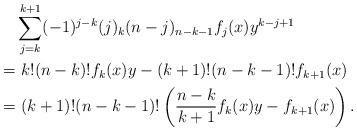
LaTeX: \begin{align*} & \sum_{j=k}^{k+1} (-1)^{j-k} (j)_{k} (n-j)_{n-k-1} f_j(x) y^{k-j+1} \\ = &\ k!(n-k)! f_k(x)y - (k+1)! (n-k-1)! f_{k+1}(x) \\ = &\ (k+1)!(n-k-1)! \left( \frac{n-k}{k+1} f_k(x)y - f_{k+1}(x) \right). \end{align*}